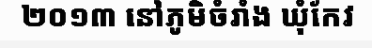
២០១៣ នៅភូមិចំរាំង ឃុំកែវ